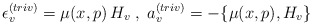
\begin{align*} \epsilon^{(triv)}_v = \mu(x,p) \, H_v\;,\; a_v^{(triv)}=- \{\mu(x,p),H_v\}\end{align*}